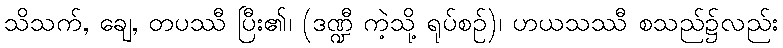
သိသက်, ချေ, တပဿီ ပြီး၏၊ (ဒဏ္ဍီ ကဲ့သို့ ရုပ်စဉ်)၊ ဟယသဿီ စသည်၌လည်း